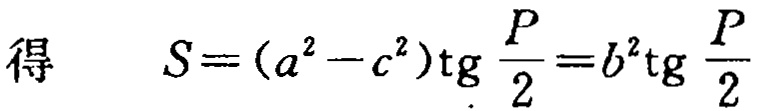
得 \[ S=(a^{2}-c^{2})\operatorname{tg}\frac{P}{2}=b^{2}\operatorname{tg}\frac{P}{2}\]